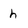
Character: h